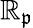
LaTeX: \mathbb{R}_{\mathfrak{{p}}}